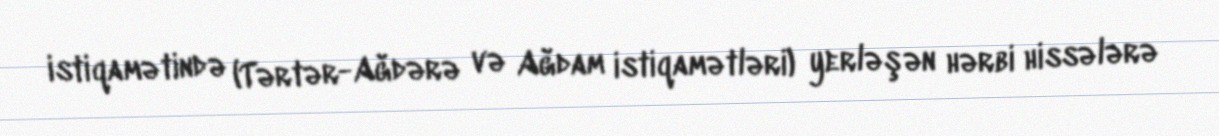
istiqamətində (Tərtər-Ağdərə və Ağdam istiqamətləri) yerləşən hərbi hissələrə